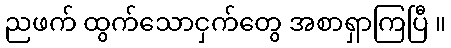
ညဖက် ထွက်သောငှက်တွေ အစာရှာကြပြီ ။